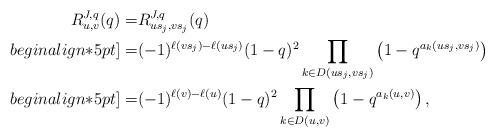
\begin{align*}R_{u,v}^{J,q}(q)=&R_{us_j,vs_j}^{J,q}(q)\\begin{align*}5pt]=&(-1)^{\ell(vs_j)-\ell(us_j)} (1-q)^2 \prod_{k\in D(us_j,vs_j)}\left(1-q^{a_k(us_j,vs_j)}\right)\\begin{align*}5pt]=&(-1)^{\ell(v)-\ell(u)} (1-q)^2\prod_{k\in D(u,v)}\left(1-q^{a_k(u,v)}\right),\end{align*}